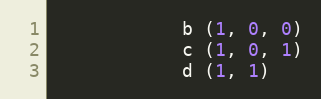
Language: Python
            b (1, 0, 0)
            c (1, 0, 1)
            d (1, 1)